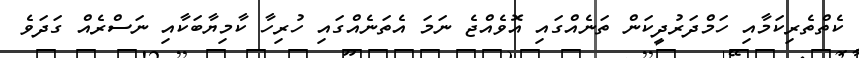
ކެތްތެރިކަމާއި ހަމްދަރުދީކަން ތަނެއްގައި އޮވެއްޖެ ނަމަ އެތަނެއްގައި ހުރިހާ ކާމިޔާބަކާއި ނަސްރެއް ގަދަވެ